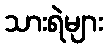
သားရဲများ